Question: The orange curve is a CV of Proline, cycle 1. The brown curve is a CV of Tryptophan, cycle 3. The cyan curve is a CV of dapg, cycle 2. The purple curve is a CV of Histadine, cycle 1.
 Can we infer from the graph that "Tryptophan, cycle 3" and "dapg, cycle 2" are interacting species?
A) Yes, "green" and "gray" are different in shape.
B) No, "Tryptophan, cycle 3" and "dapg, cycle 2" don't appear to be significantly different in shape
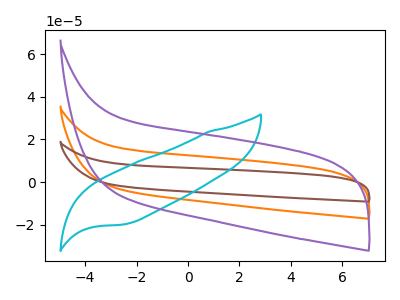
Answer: <think>The orange curve "Proline, cycle 1" has no peaks. The brown curve "Tryptophan, cycle 3" has no peaks. The cyan curve "dapg, cycle 2" has no peaks. The purple curve "Histadine, cycle 1" has no peaks.
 Neither "Tryptophan, cycle 3" or "dapg, cycle 2" have any peaks.</think>
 <answer>B) No, "Tryptophan, cycle 3" and "dapg, cycle 2" don't appear to be significantly different in shape</answer>
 <eval>B</eval>